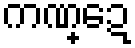
ကဏ္ဍေ